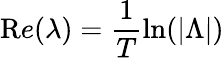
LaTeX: {\mathrm{R}e}(\lambda)=\frac{1}{T}\ln(|\Lambda|)